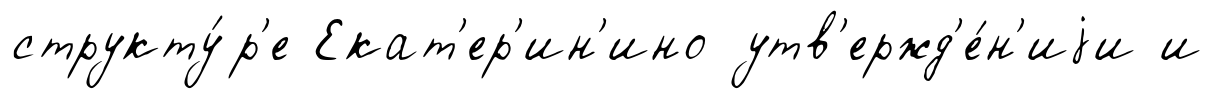
структу́р'е Екат'ер'ин'ино утв'ержд'е́н'иjи и